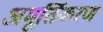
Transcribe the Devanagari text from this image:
अमूर्तिकरण